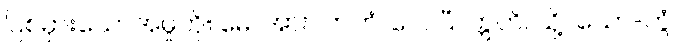
ပြစ်မှားသောအမှုကို။ မေ၊ အား။ ကတံ၊ လေပြီ။ ဣတိ၊ သို့။ ယော-တွံ၊